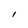
Character: I